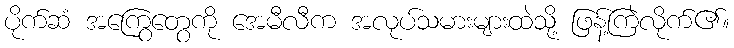
ပိုက်ဆံ အကြွေတွေကို အေမီလီက အလုပ်သမားများထဲသို့ ဖြန့်ကြဲလိုက်၏။